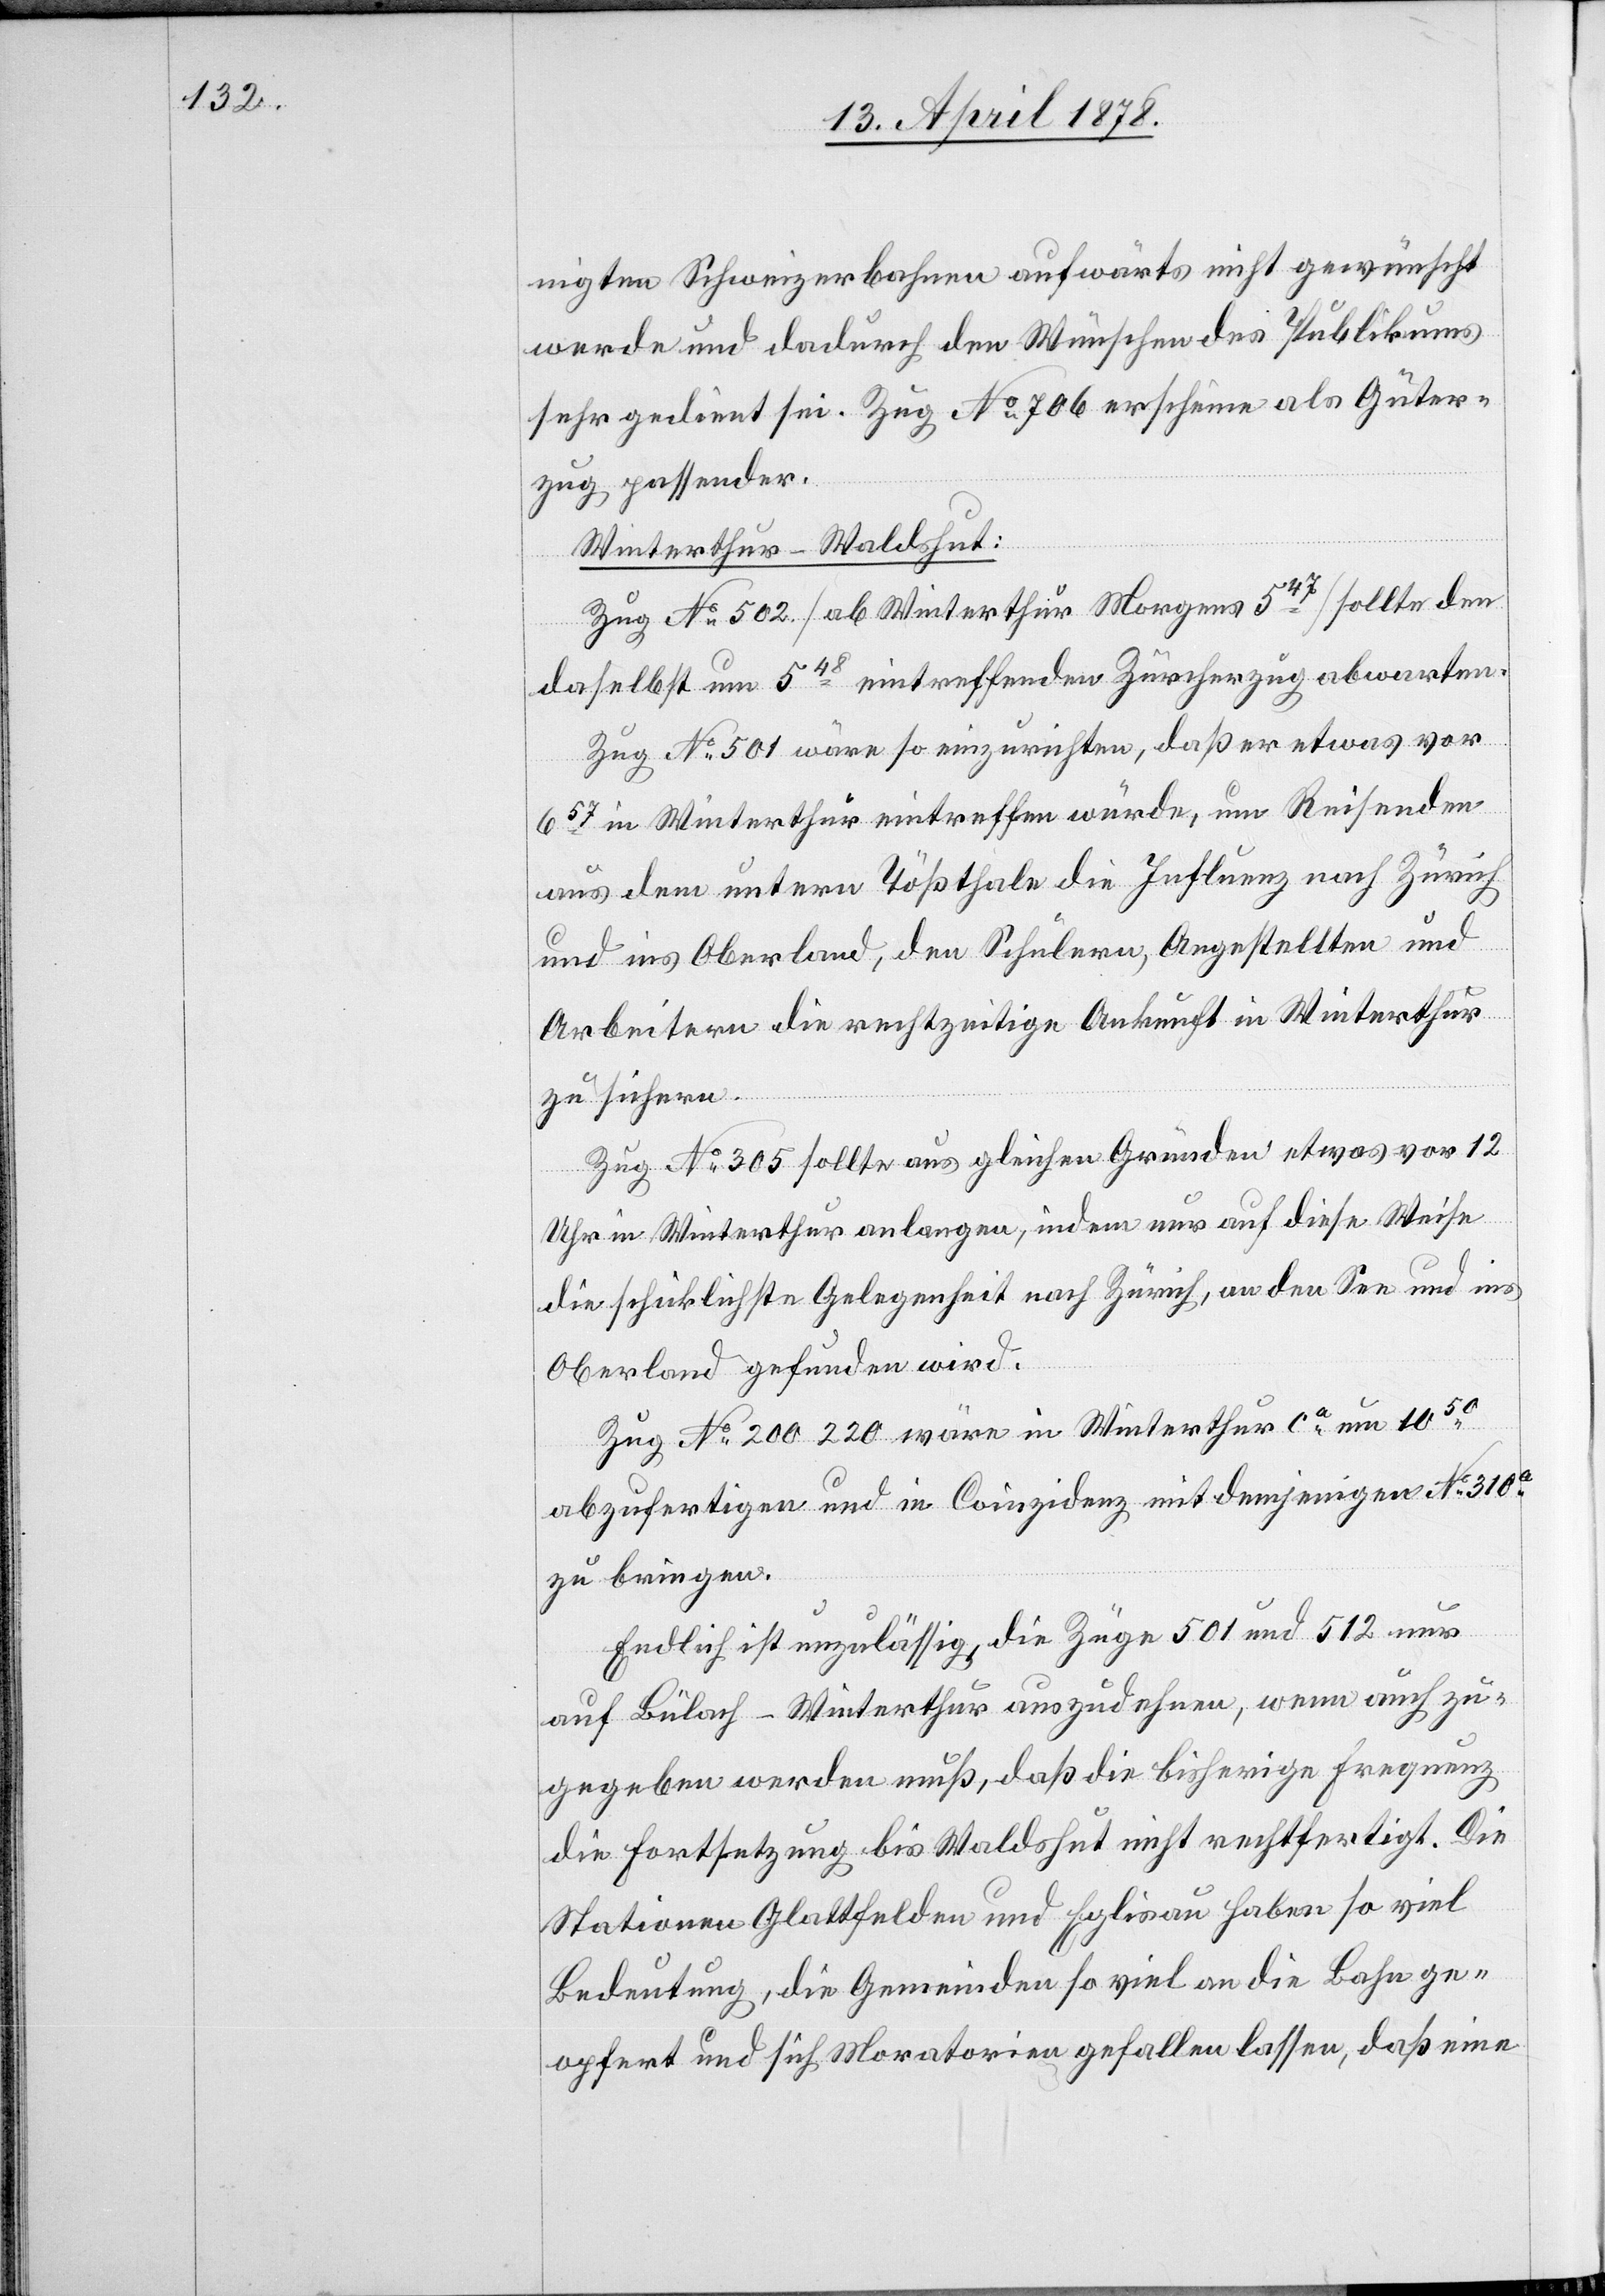
nigten Schweizerbahnen aufwärts nicht gewünscht
wurde und dadurch den Wünschen des Publikums
sehr gedient sei. Zug No 706 erscheine als Güter¬
zug passender.
Winterthur–Waldshut:
Zug No 502 (ab Winterthur Morgens 547) sollte den
daselbst um 548 eintreffenden Zürcherzug abwarten.
Zug No 501 wäre so einzurichten, daß er etwas vor
657 in Winterthur eintreffen würde, um Reisenden
aus dem untern Tößthale die Influenz nach Zürich
und ins Oberland, den Schülern, Angestellten und
Arbeitern die rechtzeitige Ankunft in Winterthur
zu sichern.
Zug No 305 sollte aus gleichen Gründen etwas vor 12
Uhr in Winterthur anlangen, indem nur auf diese Weise
die schicklichste Gelegenheit nach Zürich, an den See und ins
Oberland gefunden wird.
Zug No 200 220 wäre in Winterthur ca um 1050
abzufertigen und in Coinzidenz mit demjenigen No 310a
zu bringen.
Endlich ist unzulässig, die Züge 501 und 512 nur
auf Bülach–Winterthur auszudehnen, wenn auch zu¬
gegeben werden muß, daß die bisherige Frequenz
die Fortsetzung bis Waldshut nicht rechtfertigt. Die
Stationen Glattfelden und Eglisau haben so viel
Bedeutung, die Gemeinden so viel an die Bahn ge¬
opfert und sich Moratorien gefallen lassen, das eine